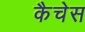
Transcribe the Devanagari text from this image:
कैचेस